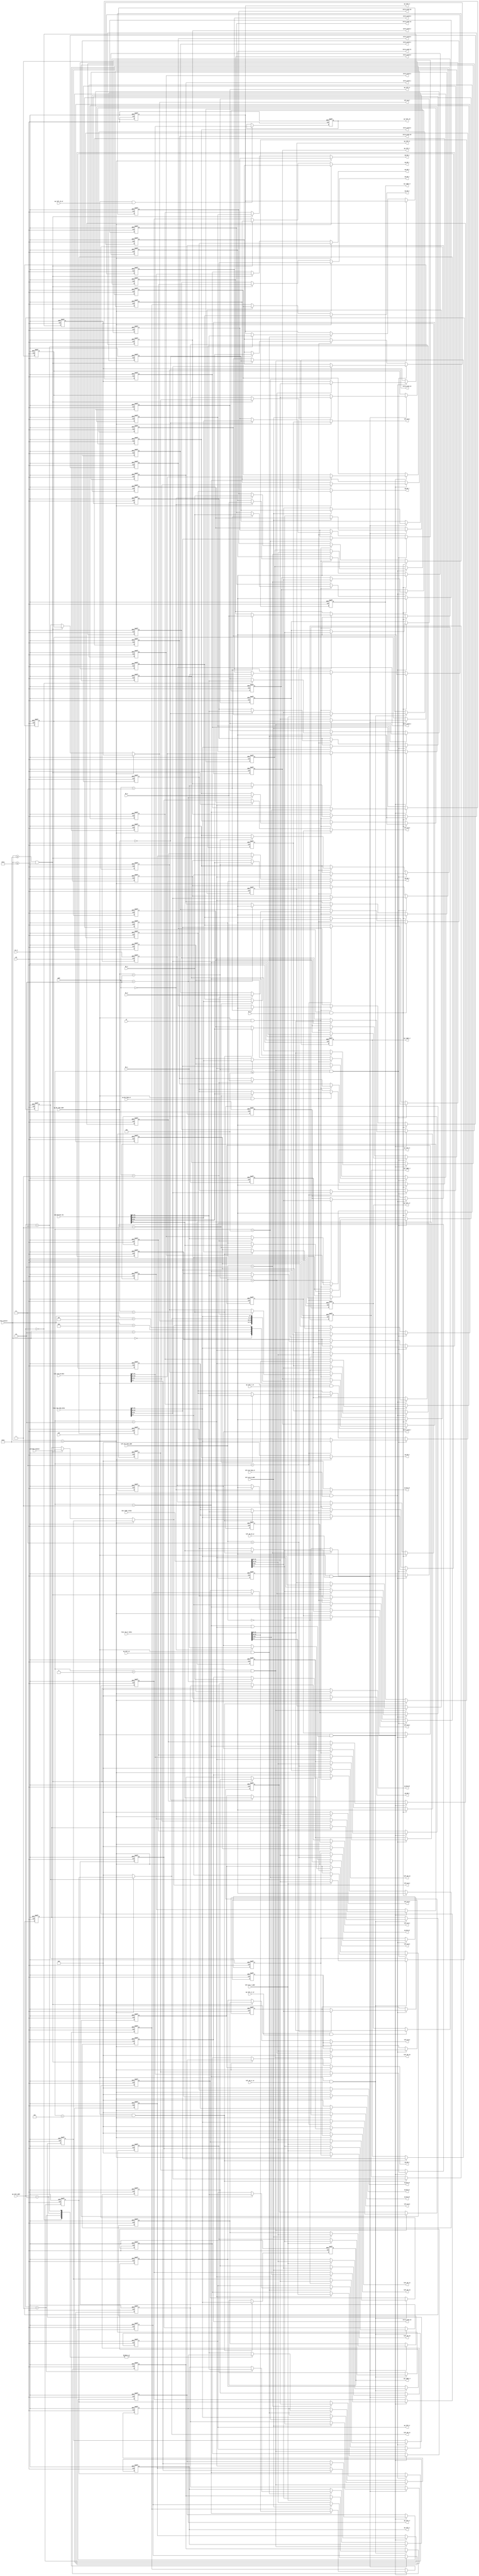
module intra_pred_regs
(
	clk,         
	rst_n,       
	ena,         
	blk4x4_counter,
	addr,        
	wr,
	DC_wr,
	left_mb_luma_addr,
	left_mb_luma_wr,
	sum_right_colum,
	up_mb_luma_addr,
	up_mb_luma_wr,
	sum_bottom_row,
	line_ram_luma_data,
	line_ram_cb_data,
	line_ram_cr_data,
	preload_counter,
	up_left_addr,
	up_left_wr,
	up_left_7_wr,
	up_left_cb_wr,
	up_left_cr_wr,
	left_mb_cb_wr,
	left_mb_cr_wr,
	left_mb_cb_addr,
	left_mb_cr_addr,
	
	PE_0,
	PE_1,
	PE_2,
	PE_3,
	
	intra_pred_0,
	intra_pred_1,
	intra_pred_2,
	intra_pred_3,
	intra_pred_4,
	intra_pred_5,
	intra_pred_6,
	intra_pred_7,
	intra_pred_8,
	intra_pred_9, 
	intra_pred_10,
	intra_pred_11,
	intra_pred_12,
	intra_pred_13,
	intra_pred_14,
	intra_pred_15,
	left_mb_0,
	left_mb_1, 
	left_mb_2, 
	left_mb_3, 
	left_mb_4, 
	left_mb_5, 
	left_mb_6, 
	left_mb_7, 
	left_mb_8, 
	left_mb_9, 
	left_mb_10,
	left_mb_11,
	left_mb_12,
	left_mb_13,
	left_mb_14,
	left_mb_15,

    up_mb_0,
    up_mb_1,
    up_mb_2,
    up_mb_3,
    up_mb_4,
    up_mb_5,
    up_mb_6,
    up_mb_7,
    up_mb_8,
    up_mb_9,
    up_mb_10,
    up_mb_11,
    up_mb_12,
    up_mb_13,
    up_mb_14,
    up_mb_15,
    
    up_left_0,
    up_left_1,
    up_left_2,
    up_left_3,
    up_left_4,
    up_left_5,
    up_left_6,
    up_left_7,
    up_left_cb,
    up_left_cr,
    
    up_right_1,
    up_right_2,
    up_right_3,
    up_right_0
); 
input clk;
input rst_n;
input ena;
input [4:0] blk4x4_counter;
input [1:0] addr;
input wr;
input [1:0] left_mb_luma_addr;
input left_mb_luma_wr;
input [31:0] sum_right_colum;
input [1:0]  up_mb_luma_addr;
input up_mb_luma_wr;
input [31:0] sum_bottom_row;
input [31:0] line_ram_luma_data;
input [31:0] line_ram_cb_data;
input [31:0] line_ram_cr_data;
input [2:0] preload_counter;
input [2:0] up_left_addr;
input up_left_wr;
input up_left_7_wr;
input up_left_cb_wr;
input up_left_cr_wr;
input DC_wr;
input left_mb_cb_wr;
input left_mb_cr_wr;
input left_mb_cb_addr;
input left_mb_cr_addr;

input [7:0] PE_0;
input [7:0] PE_1;
input [7:0] PE_2;
input [7:0] PE_3;

output [7:0] intra_pred_0;
output [7:0] intra_pred_1; 
output [7:0] intra_pred_2; 
output [7:0] intra_pred_3; 
output [7:0] intra_pred_4; 
output [7:0] intra_pred_5; 
output [7:0] intra_pred_6; 
output [7:0] intra_pred_7; 
output [7:0] intra_pred_8; 
output [7:0] intra_pred_9; 
output [7:0] intra_pred_10;
output [7:0] intra_pred_11;
output [7:0] intra_pred_12;
output [7:0] intra_pred_13;
output [7:0] intra_pred_14;
output [7:0] intra_pred_15;

output [7:0] left_mb_0;
output [7:0] left_mb_1;
output [7:0] left_mb_2;
output [7:0] left_mb_3;
output [7:0] left_mb_4;
output [7:0] left_mb_5;
output [7:0] left_mb_6;
output [7:0] left_mb_7;
output [7:0] left_mb_8;
output [7:0] left_mb_9;
output [7:0] left_mb_10;
output [7:0] left_mb_11;
output [7:0] left_mb_12;
output [7:0] left_mb_13;
output [7:0] left_mb_14;
output [7:0] left_mb_15;

output [7:0] up_mb_0;
output [7:0] up_mb_1;
output [7:0] up_mb_2;
output [7:0] up_mb_3;
output [7:0] up_mb_4;
output [7:0] up_mb_5;
output [7:0] up_mb_6;
output [7:0] up_mb_7;
output [7:0] up_mb_8;
output [7:0] up_mb_9;
output [7:0] up_mb_10;
output [7:0] up_mb_11;
output [7:0] up_mb_12;
output [7:0] up_mb_13;
output [7:0] up_mb_14;
output [7:0] up_mb_15;

output [7:0] up_left_0;
output [7:0] up_left_1;
output [7:0] up_left_2;
output [7:0] up_left_3;
output [7:0] up_left_4;
output [7:0] up_left_5;
output [7:0] up_left_6;
output [7:0] up_left_7;
output [7:0] up_left_cb;
output [7:0] up_left_cr;

output [7:0] up_right_0;
output [7:0] up_right_1;
output [7:0] up_right_2;                     
output [7:0] up_right_3;                     
                     
//FFs                
reg [7:0] intra_pred_0;
reg [7:0] intra_pred_1; 
reg [7:0] intra_pred_2; 
reg [7:0] intra_pred_3; 
reg [7:0] intra_pred_4; 
reg [7:0] intra_pred_5; 
reg [7:0] intra_pred_6; 
reg [7:0] intra_pred_7; 
reg [7:0] intra_pred_8; 
reg [7:0] intra_pred_9; 
reg [7:0] intra_pred_10;
reg [7:0] intra_pred_11;
reg [7:0] intra_pred_12;
reg [7:0] intra_pred_13;
reg [7:0] intra_pred_14;
reg [7:0] intra_pred_15;

reg [7:0] left_mb_0;
reg [7:0] left_mb_1;
reg [7:0] left_mb_2;
reg [7:0] left_mb_3;
reg [7:0] left_mb_4;                     
reg [7:0] left_mb_5;                     
reg [7:0] left_mb_6;                     
reg [7:0] left_mb_7;                     
reg [7:0] left_mb_8;                     
reg [7:0] left_mb_9;                     
reg [7:0] left_mb_10;                     
reg [7:0] left_mb_11;                     
reg [7:0] left_mb_12;                     
reg [7:0] left_mb_13;                     
reg [7:0] left_mb_14;                     
reg [7:0] left_mb_15;    

reg [7:0] left_mb_luma_0;  
reg [7:0] left_mb_luma_1;  
reg [7:0] left_mb_luma_2;  
reg [7:0] left_mb_luma_3;  
reg [7:0] left_mb_luma_4;  
reg [7:0] left_mb_luma_5;  
reg [7:0] left_mb_luma_6;  
reg [7:0] left_mb_luma_7;  
reg [7:0] left_mb_luma_8;  
reg [7:0] left_mb_luma_9;  
reg [7:0] left_mb_luma_10; 
reg [7:0] left_mb_luma_11; 
reg [7:0] left_mb_luma_12; 
reg [7:0] left_mb_luma_13; 
reg [7:0] left_mb_luma_14; 
reg [7:0] left_mb_luma_15; 
     
reg [7:0] up_mb_0;     
reg [7:0] up_mb_1;     
reg [7:0] up_mb_2;     
reg [7:0] up_mb_3;     
reg [7:0] up_mb_4;     
reg [7:0] up_mb_5;     
reg [7:0] up_mb_6;     
reg [7:0] up_mb_7;     
reg [7:0] up_mb_8;     
reg [7:0] up_mb_9;     
reg [7:0] up_mb_10;    
reg [7:0] up_mb_11;    
reg [7:0] up_mb_12;    
reg [7:0] up_mb_13;
reg [7:0] up_mb_14;
reg [7:0] up_mb_15;

reg [7:0] up_mb_luma_0;     
reg [7:0] up_mb_luma_1;     
reg [7:0] up_mb_luma_2;     
reg [7:0] up_mb_luma_3;     
reg [7:0] up_mb_luma_4;     
reg [7:0] up_mb_luma_5;     
reg [7:0] up_mb_luma_6;     
reg [7:0] up_mb_luma_7;     
reg [7:0] up_mb_luma_8;     
reg [7:0] up_mb_luma_9;     
reg [7:0] up_mb_luma_10;    
reg [7:0] up_mb_luma_11;    
reg [7:0] up_mb_luma_12;    
reg [7:0] up_mb_luma_13;
reg [7:0] up_mb_luma_14;
reg [7:0] up_mb_luma_15;

reg [7:0] up_mb_cb_0;
reg [7:0] up_mb_cb_1;
reg [7:0] up_mb_cb_2;
reg [7:0] up_mb_cb_3;
reg [7:0] up_mb_cb_4;
reg [7:0] up_mb_cb_5;
reg [7:0] up_mb_cb_6;
reg [7:0] up_mb_cb_7;

reg [7:0] up_mb_cr_0;
reg [7:0] up_mb_cr_1;
reg [7:0] up_mb_cr_2;
reg [7:0] up_mb_cr_3;
reg [7:0] up_mb_cr_4;
reg [7:0] up_mb_cr_5;
reg [7:0] up_mb_cr_6;
reg [7:0] up_mb_cr_7;

reg [7:0] left_mb_cb_0;
reg [7:0] left_mb_cb_1;
reg [7:0] left_mb_cb_2;
reg [7:0] left_mb_cb_3;
reg [7:0] left_mb_cb_4;
reg [7:0] left_mb_cb_5;
reg [7:0] left_mb_cb_6;
reg [7:0] left_mb_cb_7;
                       
reg [7:0] left_mb_cr_0;
reg [7:0] left_mb_cr_1;
reg [7:0] left_mb_cr_2;
reg [7:0] left_mb_cr_3;
reg [7:0] left_mb_cr_4;
reg [7:0] left_mb_cr_5;
reg [7:0] left_mb_cr_6;
reg [7:0] left_mb_cr_7;

reg [7:0] up_left_0;
reg [7:0] up_left_1;
reg [7:0] up_left_2;
reg [7:0] up_left_3;
reg [7:0] up_left_4;
reg [7:0] up_left_5;
reg [7:0] up_left_6;
reg [7:0] up_left_7;
reg [7:0] up_left_cb;
reg [7:0] up_left_cr;

reg [7:0] up_right_0;
reg [7:0] up_right_1;
reg [7:0] up_right_2;
reg [7:0] up_right_3;

always @(posedge clk or negedge rst_n)
if (!rst_n) begin
	intra_pred_0 <= 0;
	intra_pred_1 <= 0;
	intra_pred_2 <= 0;
	intra_pred_3 <= 0;
	intra_pred_4 <= 0;
	intra_pred_5 <= 0;
	intra_pred_6 <= 0;
	intra_pred_7 <= 0;
	intra_pred_8 <= 0;
	intra_pred_9 <= 0;
	intra_pred_10 <= 0;
	intra_pred_11 <= 0;
	intra_pred_12 <= 0;
	intra_pred_13 <= 0;
	intra_pred_14 <= 0;
	intra_pred_15 <= 0;
end
else if (ena && DC_wr) begin
	intra_pred_0 <= PE_0;
	intra_pred_1 <= PE_0;
	intra_pred_2 <= PE_0;
	intra_pred_3 <= PE_0;
	intra_pred_4 <= PE_0;
	intra_pred_5 <= PE_0;
	intra_pred_6 <= PE_0;
	intra_pred_7 <= PE_0;
	intra_pred_8 <= PE_0;
	intra_pred_9 <= PE_0;
	intra_pred_10 <= PE_0;
	intra_pred_11 <= PE_0;
	intra_pred_12 <= PE_0;
	intra_pred_13 <= PE_0;
	intra_pred_14 <= PE_0;
	intra_pred_15 <= PE_0;
end
else if (ena && wr)
	case(addr)
	3: begin
		intra_pred_0 <= PE_0; 	intra_pred_4 <= PE_1;
		intra_pred_8 <= PE_2;	intra_pred_12<= PE_3;
	end
	2:begin
		intra_pred_1 <= PE_0; 	intra_pred_5 <= PE_1;
		intra_pred_9 <= PE_2;	intra_pred_13<= PE_3;
	end
	1:begin
		intra_pred_2 <= PE_0; 	intra_pred_6 <= PE_1;
		intra_pred_10 <= PE_2;	intra_pred_14<= PE_3;
	end
	0:begin
		intra_pred_3 <= PE_0; 	intra_pred_7 <= PE_1;
		intra_pred_11 <= PE_2;	intra_pred_15<= PE_3;
	end
	endcase


always @(posedge clk or negedge rst_n)
if (!rst_n) begin
	up_mb_luma_0 <= 0;
	up_mb_luma_1 <= 0;
	up_mb_luma_2 <= 0;
	up_mb_luma_3 <= 0;
	up_mb_luma_4 <= 0;
	up_mb_luma_5 <= 0;
	up_mb_luma_6 <= 0;
	up_mb_luma_7 <= 0;
	up_mb_luma_8 <= 0;
	up_mb_luma_9 <= 0;
	up_mb_luma_10 <= 0;
	up_mb_luma_11 <= 0;
	up_mb_luma_12 <= 0;
	up_mb_luma_13 <= 0;
	up_mb_luma_14 <= 0;
	up_mb_luma_15 <= 0;
end
else if (ena && preload_counter > 0 && preload_counter <= 4)
	case(preload_counter)
	4: begin
		up_mb_luma_0 <= line_ram_luma_data[7:0]; 	up_mb_luma_1 <= line_ram_luma_data[15:8];
		up_mb_luma_2 <= line_ram_luma_data[23:16];	up_mb_luma_3 <= line_ram_luma_data[31:24];
	end
	3:begin
		up_mb_luma_4 <= line_ram_luma_data[7:0]; 	up_mb_luma_5 <= line_ram_luma_data[15:8];
		up_mb_luma_6 <= line_ram_luma_data[23:16];	up_mb_luma_7 <= line_ram_luma_data[31:24];
	end
	2:begin
		up_mb_luma_8 <= line_ram_luma_data[7:0]; 	up_mb_luma_9 <= line_ram_luma_data[15:8];
		up_mb_luma_10<= line_ram_luma_data[23:16];	up_mb_luma_11<= line_ram_luma_data[31:24];
	end
	1:begin
		up_mb_luma_12 <= line_ram_luma_data[7:0];  up_mb_luma_13 <= line_ram_luma_data[15:8];
		up_mb_luma_14 <= line_ram_luma_data[23:16];up_mb_luma_15 <= line_ram_luma_data[31:24];
	end
	endcase
else if (ena && up_mb_luma_wr)
	case(up_mb_luma_addr)
	0: begin
		up_mb_luma_0 <= sum_bottom_row[7:0]; 	up_mb_luma_1 <= sum_bottom_row[15:8];
		up_mb_luma_2 <= sum_bottom_row[23:16];	up_mb_luma_3 <= sum_bottom_row[31:24];
	end
	1:begin
		up_mb_luma_4 <= sum_bottom_row[7:0]; 	up_mb_luma_5 <= sum_bottom_row[15:8];
		up_mb_luma_6 <= sum_bottom_row[23:16];	up_mb_luma_7 <= sum_bottom_row[31:24];
	end
	2:begin
		up_mb_luma_8 <= sum_bottom_row[7:0]; 	up_mb_luma_9 <= sum_bottom_row[15:8];
		up_mb_luma_10<= sum_bottom_row[23:16];	up_mb_luma_11<= sum_bottom_row[31:24];
	end
	3:begin
		up_mb_luma_12 <= sum_bottom_row[7:0];  up_mb_luma_13 <= sum_bottom_row[15:8];
		up_mb_luma_14 <= sum_bottom_row[23:16];up_mb_luma_15 <= sum_bottom_row[31:24];
	end
	endcase

	

always @(posedge clk or negedge rst_n)
if (!rst_n)begin
	up_mb_cb_0 <= 0;
	up_mb_cb_1 <= 0;
	up_mb_cb_2 <= 0;
	up_mb_cb_3 <= 0;
	up_mb_cb_4 <= 0;
	up_mb_cb_5 <= 0;
	up_mb_cb_6 <= 0;
	up_mb_cb_7 <= 0;
end
else if (ena && (preload_counter == 1 || preload_counter == 2))begin
	case(preload_counter)
	2:begin
		up_mb_cb_0 <= line_ram_cb_data[7:0];
		up_mb_cb_1 <= line_ram_cb_data[15:8];
		up_mb_cb_2 <= line_ram_cb_data[23:16];
		up_mb_cb_3 <= line_ram_cb_data[31:24];
	end
	1:begin
		up_mb_cb_4 <= line_ram_cb_data[7:0];
		up_mb_cb_5 <= line_ram_cb_data[15:8];
		up_mb_cb_6 <= line_ram_cb_data[23:16];
		up_mb_cb_7 <= line_ram_cb_data[31:24];
	end
	endcase
end

always @(posedge clk or negedge rst_n)
if (!rst_n)begin
	up_mb_cr_0 <= 0;
	up_mb_cr_1 <= 0;
	up_mb_cr_2 <= 0;
	up_mb_cr_3 <= 0;
	up_mb_cr_4 <= 0;
	up_mb_cr_5 <= 0;
	up_mb_cr_6 <= 0;
	up_mb_cr_7 <= 0;
end
else if (ena && (preload_counter == 1 || preload_counter == 2))begin
	case(preload_counter)
	2:begin
		up_mb_cr_0 <= line_ram_cr_data[7:0];
		up_mb_cr_1 <= line_ram_cr_data[15:8];
		up_mb_cr_2 <= line_ram_cr_data[23:16];
		up_mb_cr_3 <= line_ram_cr_data[31:24];
	end
	1:begin
		up_mb_cr_4 <= line_ram_cr_data[7:0];
		up_mb_cr_5 <= line_ram_cr_data[15:8];
		up_mb_cr_6 <= line_ram_cr_data[23:16];
		up_mb_cr_7 <= line_ram_cr_data[31:24];
	end
	endcase
end

always @(*)
if(blk4x4_counter<16)begin
	up_mb_0 <= up_mb_luma_0;
	up_mb_1 <= up_mb_luma_1;
	up_mb_2 <= up_mb_luma_2;
	up_mb_3 <= up_mb_luma_3;
	up_mb_4 <= up_mb_luma_4;
	up_mb_5 <= up_mb_luma_5;
	up_mb_6 <= up_mb_luma_6;
	up_mb_7 <= up_mb_luma_7;
	up_mb_8 <= up_mb_luma_8;
	up_mb_9 <= up_mb_luma_9;  
	up_mb_10 <= up_mb_luma_10;  
	up_mb_11 <= up_mb_luma_11;  
	up_mb_12 <= up_mb_luma_12;  
	up_mb_13 <= up_mb_luma_13;  
	up_mb_14 <= up_mb_luma_14;  
	up_mb_15 <= up_mb_luma_15;  
end   
else if (blk4x4_counter >= 16 && blk4x4_counter <= 19)begin
	up_mb_0 <= up_mb_cb_0;
	up_mb_1 <= up_mb_cb_1;
	up_mb_2 <= up_mb_cb_2;
	up_mb_3 <= up_mb_cb_3;
	up_mb_4 <= up_mb_cb_4;
	up_mb_5 <= up_mb_cb_5;
	up_mb_6 <= up_mb_cb_6;
	up_mb_7 <= up_mb_cb_7;
	up_mb_8 <= 0;
	up_mb_9 <= 0;
	up_mb_10 <= 0;
	up_mb_11 <= 0;
	up_mb_12 <= 0;
	up_mb_13 <= 0;
	up_mb_14 <= 0;
	up_mb_15 <= 0;
end
else begin
	up_mb_0 <= up_mb_cr_0;
	up_mb_1 <= up_mb_cr_1;
	up_mb_2 <= up_mb_cr_2;
	up_mb_3 <= up_mb_cr_3;
	up_mb_4 <= up_mb_cr_4;
	up_mb_5 <= up_mb_cr_5;
	up_mb_6 <= up_mb_cr_6;
	up_mb_7 <= up_mb_cr_7;
	up_mb_8 <= 0;
	up_mb_9 <= 0;
	up_mb_10 <= 0;
	up_mb_11 <= 0;
	up_mb_12 <= 0;
	up_mb_13 <= 0;
	up_mb_14 <= 0;
	up_mb_15 <= 0;
end


always @(posedge clk or negedge rst_n)
if (!rst_n) begin
	left_mb_luma_0 <= 0;
	left_mb_luma_1 <= 0;
	left_mb_luma_2 <= 0;
	left_mb_luma_3 <= 0;
	left_mb_luma_4 <= 0;
	left_mb_luma_5 <= 0;
	left_mb_luma_6 <= 0;
	left_mb_luma_7 <= 0;
	left_mb_luma_8 <= 0;
	left_mb_luma_9 <= 0;
	left_mb_luma_10 <= 0;
	left_mb_luma_11 <= 0;
	left_mb_luma_12 <= 0;
	left_mb_luma_13 <= 0;
	left_mb_luma_14 <= 0;
	left_mb_luma_15 <= 0;
end
else if (ena && left_mb_luma_wr)
	case(left_mb_luma_addr)
	0: begin
		left_mb_luma_0 <= sum_right_colum[7:0]; 	left_mb_luma_1 <= sum_right_colum[15:8];
		left_mb_luma_2 <= sum_right_colum[23:16];left_mb_luma_3 <= sum_right_colum[31:24];
	end
	1:begin
		left_mb_luma_4 <= sum_right_colum[7:0]; 	left_mb_luma_5 <= sum_right_colum[15:8];
		left_mb_luma_6 <= sum_right_colum[23:16];left_mb_luma_7 <= sum_right_colum[31:24];
	end
	2:begin
		left_mb_luma_8 <= sum_right_colum[7:0]; 	left_mb_luma_9 <= sum_right_colum[15:8];
		left_mb_luma_10<= sum_right_colum[23:16];left_mb_luma_11<= sum_right_colum[31:24];
	end
	3:begin
		left_mb_luma_12 <= sum_right_colum[7:0];  left_mb_luma_13 <= sum_right_colum[15:8];
		left_mb_luma_14 <= sum_right_colum[23:16];left_mb_luma_15 <= sum_right_colum[31:24];
	end
	endcase
	
always @(posedge clk or negedge rst_n)
if (!rst_n)begin
	left_mb_cb_0 <= 0;
	left_mb_cb_1 <= 0;
	left_mb_cb_2 <= 0;
	left_mb_cb_3 <= 0;
	left_mb_cb_4 <= 0;
	left_mb_cb_5 <= 0;
	left_mb_cb_6 <= 0;
	left_mb_cb_7 <= 0;
end
else if (ena && left_mb_cb_wr)begin
	case(left_mb_cb_addr)
	0:begin
		left_mb_cb_0 <= sum_right_colum[7:0];
		left_mb_cb_1 <= sum_right_colum[15:8];
		left_mb_cb_2 <= sum_right_colum[23:16];
		left_mb_cb_3 <= sum_right_colum[31:24];
	end
	1:begin
		left_mb_cb_4 <= sum_right_colum[7:0];
		left_mb_cb_5 <= sum_right_colum[15:8];
		left_mb_cb_6 <= sum_right_colum[23:16];
		left_mb_cb_7 <= sum_right_colum[31:24];
	end
	endcase
end

always @(posedge clk or negedge rst_n)
if (!rst_n)begin
	left_mb_cr_0 <= 0;
	left_mb_cr_1 <= 0;
	left_mb_cr_2 <= 0;
	left_mb_cr_3 <= 0;
	left_mb_cr_4 <= 0;
	left_mb_cr_5 <= 0;
	left_mb_cr_6 <= 0;
	left_mb_cr_7 <= 0;
end
else if (ena && left_mb_cr_wr)begin
	case(left_mb_cr_addr)
	0:begin
		left_mb_cr_0 <= sum_right_colum[7:0];
		left_mb_cr_1 <= sum_right_colum[15:8];
		left_mb_cr_2 <= sum_right_colum[23:16];
		left_mb_cr_3 <= sum_right_colum[31:24];
	end
	1:begin
		left_mb_cr_4 <= sum_right_colum[7:0];
		left_mb_cr_5 <= sum_right_colum[15:8];
		left_mb_cr_6 <= sum_right_colum[23:16];
		left_mb_cr_7 <= sum_right_colum[31:24];
	end
	endcase
end

always @(*)
if(blk4x4_counter<16)begin
	left_mb_0 <= left_mb_luma_0;
	left_mb_1 <= left_mb_luma_1;
	left_mb_2 <= left_mb_luma_2;
	left_mb_3 <= left_mb_luma_3;
	left_mb_4 <= left_mb_luma_4;
	left_mb_5 <= left_mb_luma_5;
	left_mb_6 <= left_mb_luma_6;
	left_mb_7 <= left_mb_luma_7;
	left_mb_8 <= left_mb_luma_8;
	left_mb_9 <= left_mb_luma_9;
	left_mb_10 <= left_mb_luma_10;
	left_mb_11 <= left_mb_luma_11;
	left_mb_12 <= left_mb_luma_12;
	left_mb_13 <= left_mb_luma_13;
	left_mb_14 <= left_mb_luma_14;
	left_mb_15 <= left_mb_luma_15;
end
else if (blk4x4_counter >= 16 && blk4x4_counter <= 19)begin
	left_mb_0 <= left_mb_cb_0;
	left_mb_1 <= left_mb_cb_1;
	left_mb_2 <= left_mb_cb_2;
	left_mb_3 <= left_mb_cb_3;
	left_mb_4 <= left_mb_cb_4;
	left_mb_5 <= left_mb_cb_5;
	left_mb_6 <= left_mb_cb_6;
	left_mb_7 <= left_mb_cb_7;
	left_mb_8 <= 0;
	left_mb_9 <= 0;
	left_mb_10 <= 0;
	left_mb_11 <= 0;
	left_mb_12 <= 0;
	left_mb_13 <= 0;
	left_mb_14 <= 0;
	left_mb_15 <= 0;
end
else begin
	left_mb_0 <= left_mb_cr_0;
	left_mb_1 <= left_mb_cr_1;
	left_mb_2 <= left_mb_cr_2;
	left_mb_3 <= left_mb_cr_3;
	left_mb_4 <= left_mb_cr_4;
	left_mb_5 <= left_mb_cr_5;
	left_mb_6 <= left_mb_cr_6;
	left_mb_7 <= left_mb_cr_7;
	left_mb_8 <= 0;
	left_mb_9 <= 0;
	left_mb_10 <= 0;
	left_mb_11 <= 0;
	left_mb_12 <= 0;
	left_mb_13 <= 0;
	left_mb_14 <= 0;
	left_mb_15 <= 0;
end

always @(posedge clk or negedge rst_n)
if (!rst_n) begin
	up_left_0 <= 0;
	up_left_1 <= 0;
	up_left_2 <= 0;
	up_left_3 <= 0;
	up_left_4 <= 0;
	up_left_5 <= 0;
	up_left_6 <= 0;
end
else if (ena && preload_counter >0)
	case(preload_counter)
		4:up_left_4 <= line_ram_luma_data[31:24];
		3:up_left_5 <= line_ram_luma_data[31:24];
		2:up_left_6 <= line_ram_luma_data[31:24];
	endcase
else if (ena && up_left_wr)
	case(up_left_addr)
		0:up_left_0 <= sum_bottom_row[31:24];
		1:up_left_1 <= sum_bottom_row[31:24];
		2:up_left_2 <= sum_bottom_row[31:24];
		3:up_left_3 <= sum_bottom_row[31:24];
		default:up_left_4 <= sum_bottom_row[31:24];
	endcase



always @(posedge clk or negedge rst_n)		//for blk 0,2,8,10, update at blk 15,0,2,8
if (!rst_n)
	up_left_7 <= 0;
else if (ena && up_left_7_wr)
	case(blk4x4_counter)
	0:up_left_7 <= left_mb_3;
	2:up_left_7 <= left_mb_7;
	8:up_left_7 <= left_mb_11;
	15:up_left_7 <= line_ram_luma_data[31:24];     
	endcase

always @(posedge clk or negedge rst_n)
if (!rst_n)
	up_left_cb <= 0;
else if (ena && up_left_cb_wr)
	up_left_cb <= line_ram_cb_data[31:24];

always @(posedge clk or negedge rst_n)
if (!rst_n)
	up_left_cr <= 0;
else if (ena && up_left_cr_wr)
	up_left_cr <= line_ram_cr_data[31:24];

	
always @(posedge clk or negedge rst_n)
if (!rst_n) begin
	up_right_0 <= 0;
	up_right_1 <= 0;
	up_right_2 <= 0;
	up_right_3 <= 0;
end
else if (ena && preload_counter == 5)begin
	up_right_0 <= line_ram_luma_data[7:0];
	up_right_1 <= line_ram_luma_data[15:8];
	up_right_2 <= line_ram_luma_data[23:16];
	up_right_3 <= line_ram_luma_data[31:24];
end

endmodule